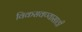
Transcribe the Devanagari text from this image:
विकसवण्यासाठी